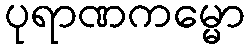
ပုရာဏကမ္မော